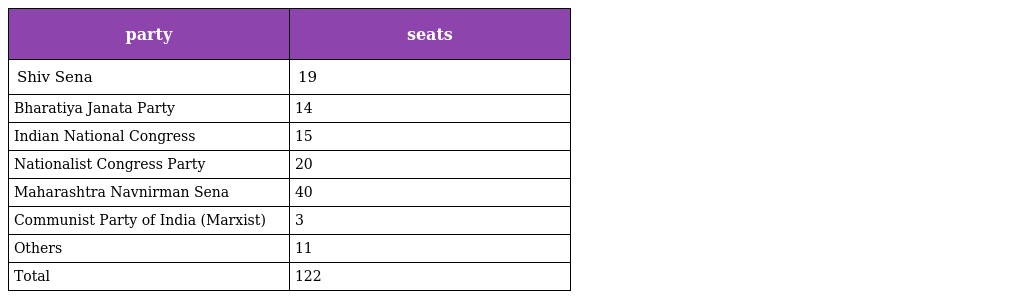
| party | seats |
 | --- | --- |
 | Shiv Sena | 19 |
 | Bharatiya Janata Party | 14 |
 | Indian National Congress | 15 |
 | Nationalist Congress Party | 20 |
 | Maharashtra Navnirman Sena | 40 |
 | Communist Party of India (Marxist) | 3 |
 | Others | 11 |
 | Total | 122 |